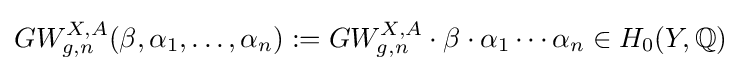
GW_{g,n}^{X,A}(\beta ,\alpha _{1},\ldots ,\alpha _{n}):=GW_{g,n}^{X,A}\cdot \beta \cdot \alpha _{1}\cdots \alpha _{n}\in H_{0}(Y,\mathbb {Q} )